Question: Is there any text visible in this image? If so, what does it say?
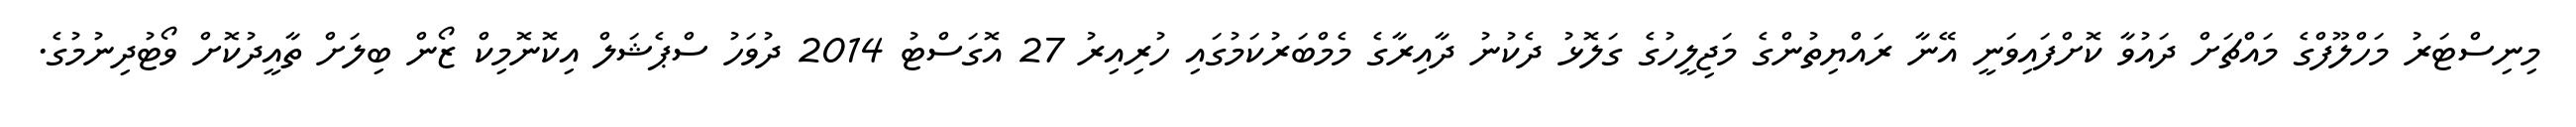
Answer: މިނިސްޓަރު މަހްލޫފްގެ މައްޗަށް ދައުވާ ކޮށްފައިވަނީ އޭނާ ރައްޔިތުންގެ މަޖިލީހުގެ ގަލޮޅު ދެކުނު ދާއިރާގެ މެމްބަރުކަމުގައި ހުރިއިރު 27 އޮގަސްޓު 2014 ދުވަހު ސްޕެޝަލް އިކޮނޮމިކް ޒޯން ބިލަށް ތާއީދުކޮށް ވޯޓުދިނުމުގެ.